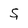
Character: S